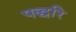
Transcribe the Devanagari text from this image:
पद्धरि